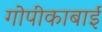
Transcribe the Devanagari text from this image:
गोपीकाबाई